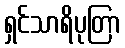
ရှင်သာရိပုတြာ